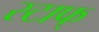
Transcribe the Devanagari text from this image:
स्टाफ्